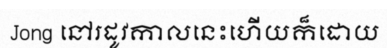
Jong នៅរដូវកាលនេះហើយក៏ដោយ